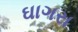
ઘાગરા